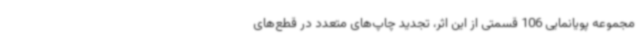
مجموعه پویانمایی 106 قسمتی از این اثر، تجدید چاپ‌های متعدد در قطع‌های